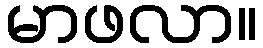
မာဖလာ။